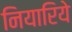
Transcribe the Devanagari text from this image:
नियारिये